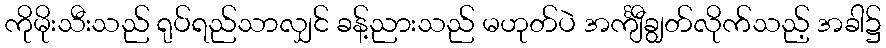
ကိုမိုးသီးသည် ရုပ်ရည်သာလျှင် ခန့်ညားသည် မဟုတ်ပဲ အင်္ကျီချွတ်လိုက်သည့် အခါ၌